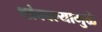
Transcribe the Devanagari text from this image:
थांबवल्यामुळे